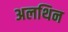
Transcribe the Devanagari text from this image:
अलथिन